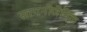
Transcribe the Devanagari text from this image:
सायनोजेनिक